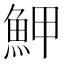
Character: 魻